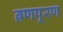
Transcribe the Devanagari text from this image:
ब्रणपूरण